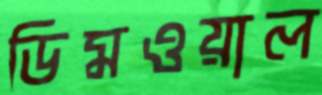
ডিমওয়াল